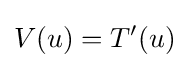
V(u)=T'(u)